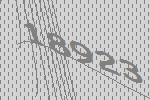
18923